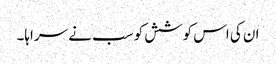
ان کی اس کوشش کو سب نے سراہا۔